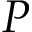
P